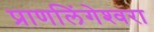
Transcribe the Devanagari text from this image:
प्राणलिंगेश्‍वरा